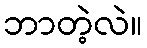
ဘာတဲ့လဲ။